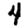
Digit: 4